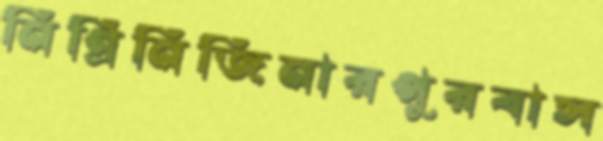
নিগ্রিনিজিনারপুরবাস